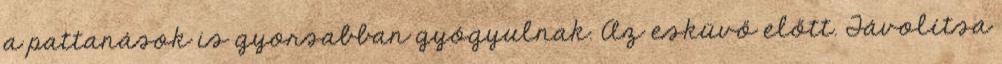
a pattanások is gyorsabban gyógyulnak. Az esküvő előtt. Távolítsa